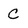
Character: C